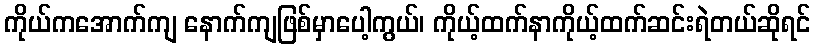
ကိုယ်ကအောက်ကျ နောက်ကျဖြစ်မှာပေါ့ကွယ်၊ ကိုယ့်ထက်နာကိုယ့်ထက်ဆင်းရဲတယ်ဆိုရင်